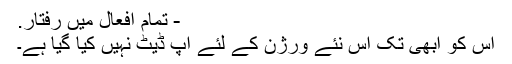
- تمام افعال میں رفتار.
اس کو ابھی تک اس نئے ورژن کے لئے اپ ڈیٹ نہیں کیا گیا ہے۔